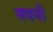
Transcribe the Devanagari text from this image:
मपनी